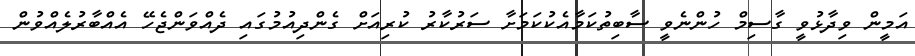
އަމީން ވިދާޅުވީ ގާސިމް ހުންނެވީ ސާބިތުކަމާއެކުކަމަށާ ސަރުކާރު ކުރިއަށް ގެންދިއުމުގައި ދެއްވަންޖެހޭ އެއްބާރުލެއްވުން